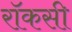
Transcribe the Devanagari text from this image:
रॉकसी